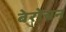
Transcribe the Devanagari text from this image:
बेरोचन